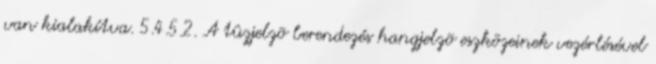
van kialakítva. 5.4.5.2. A tûzjelzõ berendezés hangjelzõ eszközeinek vezérlésével